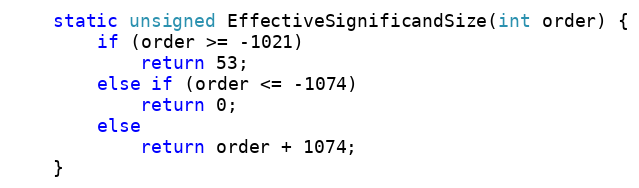
Language: C
    static unsigned EffectiveSignificandSize(int order) {
        if (order >= -1021)
            return 53;
        else if (order <= -1074)
            return 0;
        else
            return order + 1074;
    }